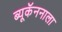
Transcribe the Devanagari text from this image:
ब्यूकॅननाला